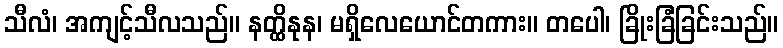
သီလံ၊ အကျင့်သီလသည်။ နတ္ထိနုန၊ မရှိလေယောင်တကား။ တပေါ၊ ခြိုးခြံခြင်းသည်။